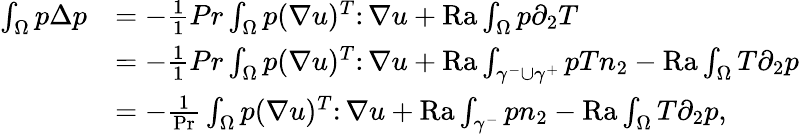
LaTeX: \begin{array}{rl}{\int_{\Omega}p\Delta p}&{=-\frac{1}{1}{{Pr}}\int_{\Omega}p(\nabla u)^{T}\colon\nabla u+{\mathrm{Ra}}\int_{\Omega}p\partial_{2}T}\\ &{=-\frac{1}{1}{{Pr}}\int_{\Omega}p(\nabla u)^{T}\colon\nabla u+{\mathrm{Ra}}\int_{\gamma^{-}\cup\gamma^{+}}pTn_{2}-\mathrm{{Ra}}\int_{\Omega}T\partial_{2}p}\\ &{=-\frac{1}{\mathrm{Pr}}\int_{\Omega}p(\nabla u)^{T}\colon\nabla u+\mathrm{{Ra}}\int_{\gamma^{-}}pn_{2}-{\mathrm{Ra}}\int_{\Omega}T\partial_{2}p,}\end{array}